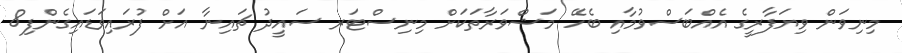
މިނިވަން ވިޔަފާރީގެ އެއްބަސްވުމާއި ބެހޭ މަޝްވަރާތަކަށް މިނިސްޓަރ ސައީދު ޗައިނާ އަށް ފުރައިވަޑައިގެންފި8